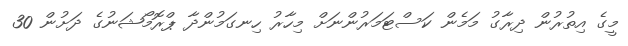
މީގެ އިތުރުން ދިރާގު މަމެން ކަސްޓަމަރުންނަށް މިހާރު ހިނގަމުންދާ ޕްރޮމޯޝަނުގެ ދަށުން 30